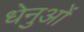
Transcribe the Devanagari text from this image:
धेनुओं